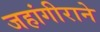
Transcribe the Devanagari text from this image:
जहांगीराने